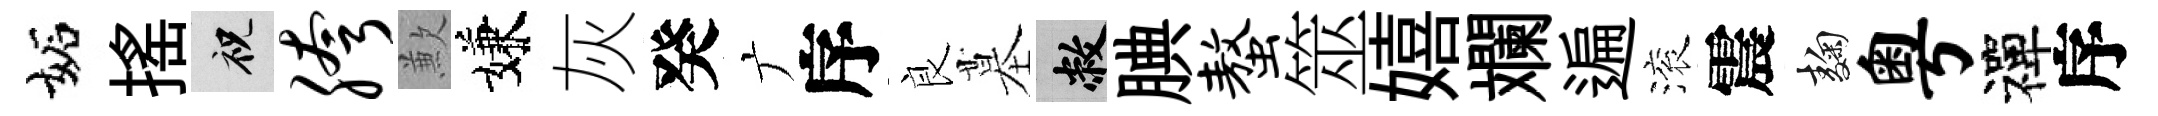
妬揺祝胯歉嫌灰癸广序良墓敝腆螯筮嬉斕遍滚震麹粤禪序